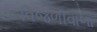
વિજળીવાળા